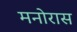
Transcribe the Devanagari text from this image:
मनोरास